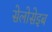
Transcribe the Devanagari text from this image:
सेलोसेइब